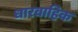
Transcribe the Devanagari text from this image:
धारवाहिक